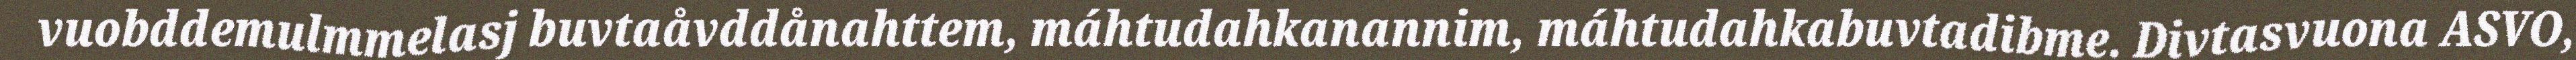
vuobddemulmmelasj buvtaåvddånahttem, máhtudahkanannim, máhtudahkabuvtadibme. Divtasvuona ASVO,